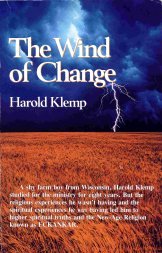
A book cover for The Wind of Change; Harold Klemp; Religion & Spirituality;